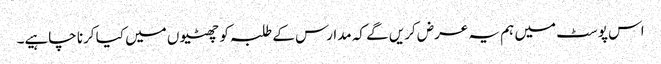
اس پوسٹ میں ہم یہ عرض کریں گے کہ مدارس کے طلبہ کو چھٹیوں میں کیا کرنا چاہیے۔